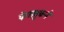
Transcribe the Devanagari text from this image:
फेसबुकने